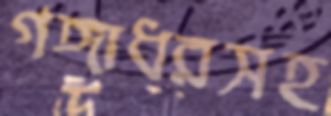
গঙ্গাধরসহ